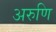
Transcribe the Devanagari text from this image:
अरुणि